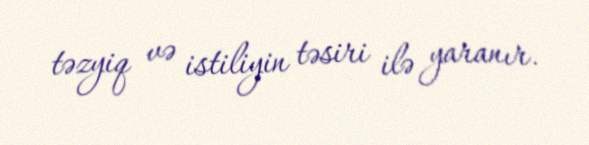
təzyiq və istiliyin təsiri ilə yaranır.